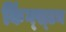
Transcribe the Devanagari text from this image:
किंग्‍स्‍टन